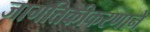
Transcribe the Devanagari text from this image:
जागतिकीकरणाने